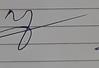
Signature authenticity: forged